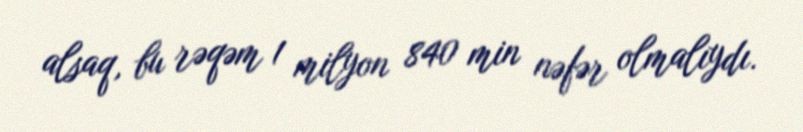
alsaq, bu rəqəm 1 milyon 840 min nəfər olmalıydı.